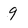
Character: 9